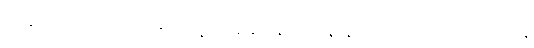
ကမ္ဘာ့အဆင့်ကို မဆိုထားနဲ့ မိမိရဲ့ အိမ်နီးချင်းနိုင်ငံတွေနဲ့ နှိုင်းယှဉ်ရင်တောင်မှ အင်မတန်